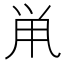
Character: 鼡